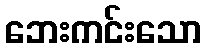
ဘေးကင်းသော